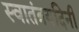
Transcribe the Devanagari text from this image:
स्वातंत्रयदिनी